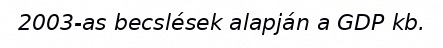
2003-as becslések alapján a GDP kb.